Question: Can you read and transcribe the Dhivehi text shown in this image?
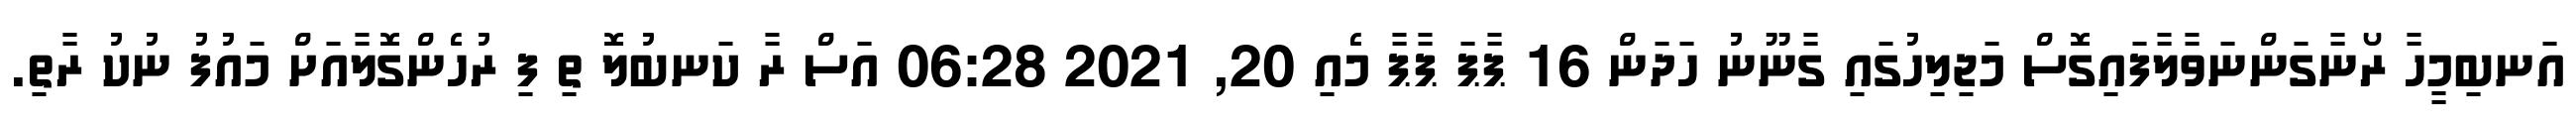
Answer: އަނބިމީހާ ރޯނާގަންނަވާލާފައިގޮސް މަޖިލިހުގައި ގާނޫނު ހަދަން 16 ޕާޕަ ޕާޕާ މެއި 20, 2021 06:28 އަސް ރާ ކަނބުލޮ ތި ފި ރުހެންގޮލާއަށް މައުފު ނުކު ރާތި.